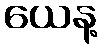
ယေန့